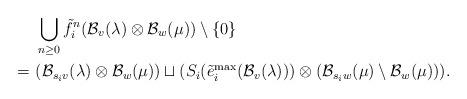
LaTeX: \begin{align*}& \ \bigcup_{n \geq 0} \tilde{f}_{i}^{n} (\mathcal{B}_{v}(\lambda) \otimes \mathcal{B}_{w}(\mu)) \setminus \{ 0 \} \\ = & \ (\mathcal{B}_{s_i v}(\lambda) \otimes \mathcal{B}_{w}(\mu)) \sqcup (S_{i} (\tilde{e}_i^{\max}(\mathcal{B}_v(\lambda))) \otimes (\mathcal{B}_{s_i w}(\mu) \setminus \mathcal{B}_{w}(\mu))).\end{align*}